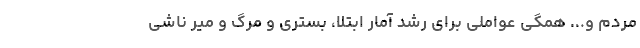
مردم و... همگی عواملی برای رشد آمار ابتلا، بستری و مرگ و میر ناشی